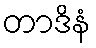
တာဒိနံ